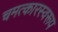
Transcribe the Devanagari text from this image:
चमत्‍कारस्‍वरूप